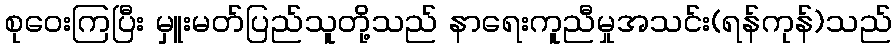
စုဝေးကြပြီး မှူးမတ်ပြည်သူတို့သည် နာရေးကူညီမှုအသင်း(ရန်ကုန်)သည်